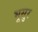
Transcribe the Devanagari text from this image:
भूसुर